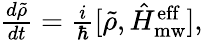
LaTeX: \begin{array}{r}{\frac{d\tilde{\rho}}{dt}=\frac{i}{\hbar}[\tilde{\rho},\hat{H}_{\mathrm{mw}}^{\mathrm{eff}}],}\end{array}